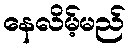
နေလိမ့်မည်